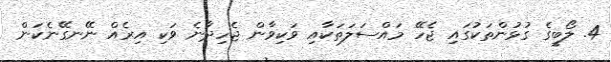
4. ލޯބީގެ ގުޅުންތަކުގައި ޖެހޭ މައްސަލަތަކާއި ވަކިވާން ޖެހިދާނެ ވަކި އިރެއް ނޭނގޭނެކަން